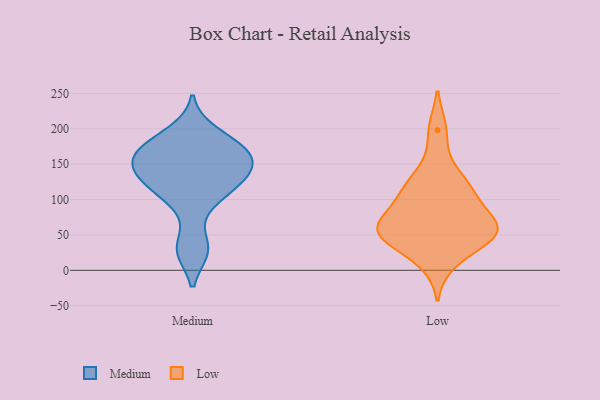
{"axis": {"x": "Market Share (%)", "y": "Value"}, "legend": ["Low", "Medium"], "data": [{"x": "", "y": 154, "type": "Medium"}, {"x": "", "y": 152, "type": "Medium"}, {"x": "", "y": 172, "type": "Medium"}, {"x": "", "y": 195, "type": "Medium"}, {"x": "", "y": 167, "type": "Medium"}, {"x": "", "y": 130, "type": "Medium"}, {"x": "", "y": 96, "type": "Medium"}, {"x": "", "y": 30, "type": "Medium"}, {"x": "", "y": 29, "type": "Medium"}, {"x": "", "y": 158, "type": "Medium"}, {"x": "", "y": 131, "type": "Medium"}, {"x": "", "y": 180, "type": "Medium"}, {"x": "", "y": 111, "type": "Medium"}, {"x": "", "y": 128, "type": "Medium"}, {"x": "", "y": 198, "type": "Low"}, {"x": "", "y": 115, "type": "Low"}, {"x": "", "y": 107, "type": "Low"}, {"x": "", "y": 63, "type": "Low"}, {"x": "", "y": 68, "type": "Low"}, {"x": "", "y": 51, "type": "Low"}, {"x": "", "y": 41, "type": "Low"}, {"x": "", "y": 62, "type": "Low"}, {"x": "", "y": 51, "type": "Low"}, {"x": "", "y": 105, "type": "Low"}, {"x": "", "y": 140, "type": "Low"}, {"x": "", "y": 56, "type": "Low"}, {"x": "", "y": 12, "type": "Low"}]}